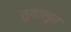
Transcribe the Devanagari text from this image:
तुवालूत